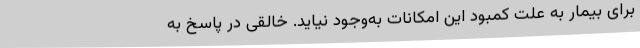
برای بیمار به علت کمبود این امکانات به‌وجود نیاید. خالقی در پاسخ به